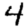
Digit: 4